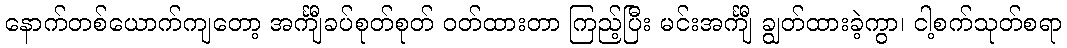
နောက်တစ်ယောက်ကျတော့ အင်္ကျီခပ်စုတ်စုတ် ဝတ်ထားတာ ကြည့်ပြီး မင်းအင်္ကျီ ချွတ်ထားခဲ့ကွာ၊ ငါ့စက်သုတ်စရာ